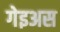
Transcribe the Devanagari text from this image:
गेइअस